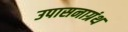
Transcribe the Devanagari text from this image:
उपासनाग्रंथ